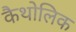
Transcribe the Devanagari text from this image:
कैथोलिक